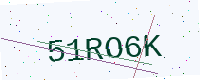
Text: 51RO6K